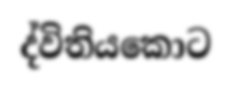
ද්විතියකොට